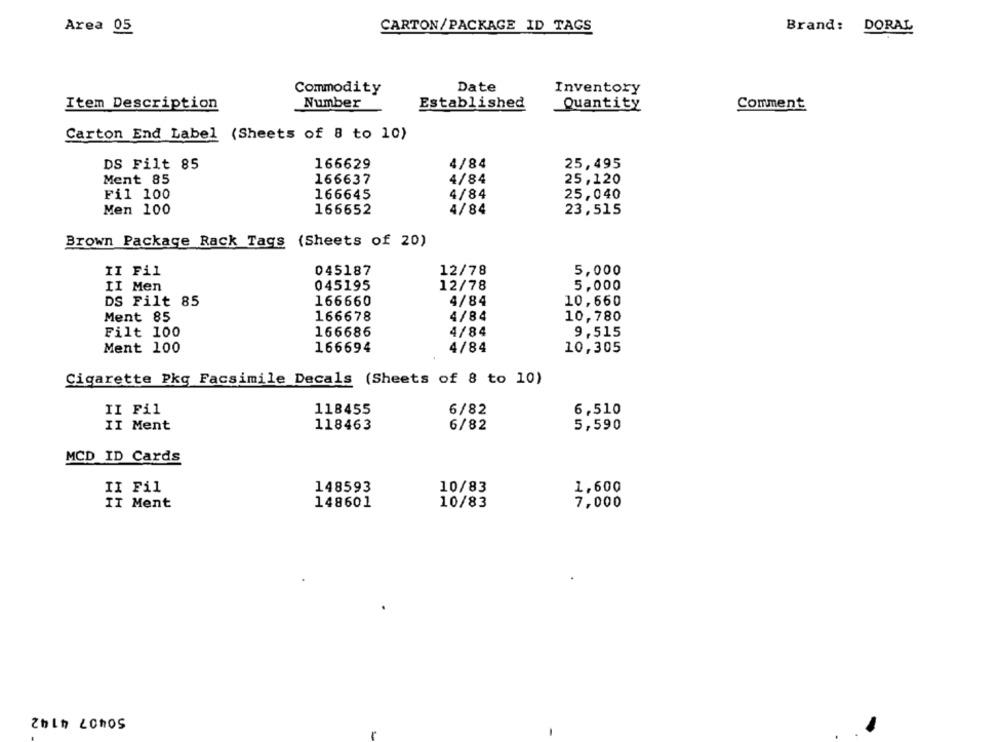
Area 05
CARTON/PACKAGE ID TAGS
Brand: DORAL
Commodity
Date
Inventory
Number
Established
Item Description
Quantity
Comment
Carton End Label (Sheets of 8 to 10)
4/84
25,495
DS Filt 85
166629
4/84
Ment 85
166637
25,120
Fil 100
166645
4/84
25,040
Men 100
166652
4/84
23,515
Brown Package Rack Tags (Sheets of 20)
II Fil
045187
12/78
5,000
II Men
045195
12/78
5,000
DS Filt 85
166660
4/84
10,660
Ment 85
166678
4/84
10,780
Filt 100
166686
4/84
9,515
Ment 100
166694
4/84
10,305
Cigarette Pkg Facsimile Decals (Sheets of 8 to 10)
II Fil
118455
6/82
6,510
II Ment
118463
6/82
5,590
MCD ID Cards
II Fil
148593
10/83
1,600
148601
10/83
7,000
TI Ment
50407 4142